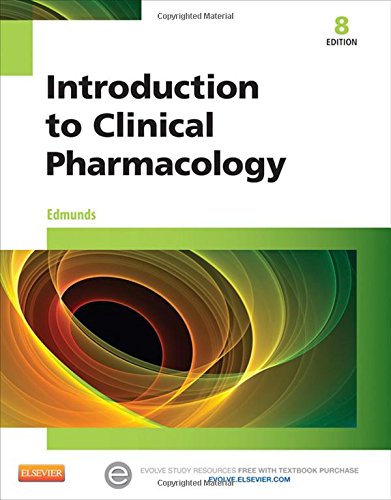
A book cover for Introduction to Clinical Pharmacology, 8e; Marilyn Winterton Edmunds PhD  ANP/GNP; Medical Books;